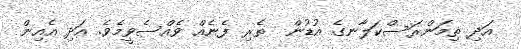
އަދި ތިމަންރަސްކަލާނގެ އުޑުން  ތެރި ފެނެއް ވެއްސެވީމެވެ. އަދި އެއިން